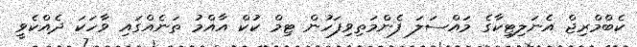
ކެބްމްރިޖް އެނަލިޓިކާގެ މައްސަލަ ފެންމަތިވިފަހުން ޓިމް ކުކް އާއްމު ތަނެއްގައި ވާހަކަ ދެއްކެވީ